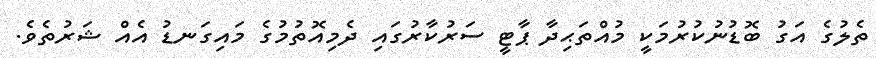
ތެލުގެ އަގު ބޮޑުނުކުރުމަކީ މުއްތަޙިދާ ޕާޓީ ސަރުކާރުގައި ދެމިއޮތުމުގެ މައިގަނޑު އެއް ޝަރުތެވެ.